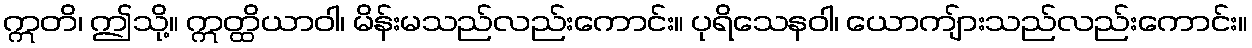
ဣတိ၊ ဤသို့။ ဣတ္ထိယာဝါ၊ မိန်းမသည်လည်းကောင်း။ ပုရိသေနဝါ၊ ယောကျ်ားသည်လည်းကောင်း။